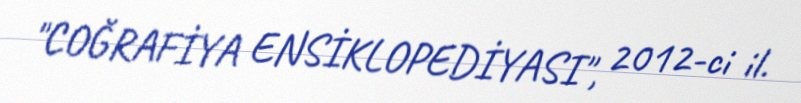
"COĞRAFİYA ENSİKLOPEDİYASI", 2012-ci il.